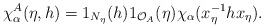
\begin{align*}\chi^{A}_{\alpha}(\eta,h)=1_{N_{\eta}}(h)1_{\mathcal{O}_A}(\eta)\chi_{\alpha}(x_{\eta}^{-1}h x_{\eta}).\end{align*}